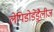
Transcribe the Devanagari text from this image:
लेपिडोडेंड्रैलीज